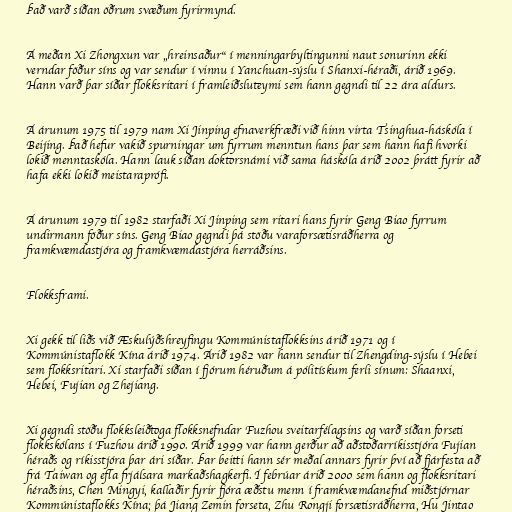
Það varð síðan öðrum svæðum fyrirmynd.

Á meðan Xi Zhongxun var „hreinsaður“ í menningarbyltingunni naut sonurinn ekki
verndar föður síns og var sendur í vinnu í Yanchuan-sýslu í Shanxi-héraði, árið 1969.
Hann varð þar síðar flokksritari í framleiðsluteymi sem hann gegndi til 22 ára aldurs.

Á árunum 1975 til 1979 nam Xi Jinping efnaverkfræði við hinn virta Tsinghua-háskóla í
Beijing. Það hefur vakið spurningar um fyrrum menntun hans þar sem hann hafi hvorki
lokið menntaskóla. Hann lauk síðan doktorsnámi við sama háskóla árið 2002 þrátt fyrir að
hafa ekki lokið meistaraprófi.

Á árunum 1979 til 1982 starfaði Xi Jinping sem ritari hans fyrir Geng Biao fyrrum
undirmann föður síns. Geng Biao gegndi þá stöðu varaforsætisráðherra og
framkvæmdastjóra og framkvæmdastjóra herráðsins.

Flokksframi.

Xi gekk til liðs við Æskulýðshreyfingu Kommúnistaflokksins árið 1971 og í
Kommúnistaflokk Kína árið 1974. Árið 1982 var hann sendur til Zhengding-sýslu í Hebei
sem flokksritari. Xi starfaði síðan í fjórum héruðum á pólitískum ferli sínum: Shaanxi,
Hebei, Fujian og Zhejiang.

Xi gegndi stöðu flokksleiðtoga flokksnefndar Fuzhou sveitarfélagsins og varð síðan forseti
flokkskólans í Fuzhou árið 1990. Árið 1999 var hann gerður að aðstoðarríkisstjóra Fujian
héraðs og ríkisstjóra þar ári síðar. Þar beitti hann sér meðal annars fyrir því að fjárfesta að
frá Taiwan og efla frjálsara markaðshagkerfi. Í febrúar árið 2000 sem hann og flokksritari
héraðsins, Chen Mingyi, kallaðir fyrir fjóra æðstu menn í framkvæmdanefnd miðstjórnar
Kommúnistaflokks Kína; þá Jiang Zemin forseta, Zhu Rongji forsætisráðherra, Hu Jintao